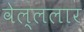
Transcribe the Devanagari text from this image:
वेल्ललार